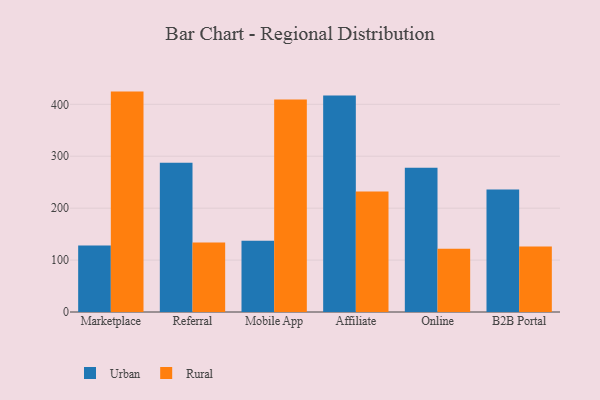
{"axis": {"x": "Channel", "y": "Market Share (%)"}, "legend": ["Rural", "Urban"], "data": [{"x": "Marketplace", "y": 128.3, "type": "Urban"}, {"x": "Marketplace", "y": 424.5, "type": "Rural"}, {"x": "Referral", "y": 287.6, "type": "Urban"}, {"x": "Referral", "y": 134.0, "type": "Rural"}, {"x": "Mobile App", "y": 137.0, "type": "Urban"}, {"x": "Mobile App", "y": 409.2, "type": "Rural"}, {"x": "Affiliate", "y": 417.0, "type": "Urban"}, {"x": "Affiliate", "y": 232.0, "type": "Rural"}, {"x": "Online", "y": 278.0, "type": "Urban"}, {"x": "Online", "y": 121.6, "type": "Rural"}, {"x": "B2B Portal", "y": 235.7, "type": "Urban"}, {"x": "B2B Portal", "y": 126.1, "type": "Rural"}]}